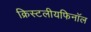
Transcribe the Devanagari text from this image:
क्रिस्टलीयफिनॉल